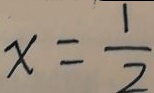
x = \frac { 1 } { 2 }